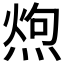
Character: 𪹐